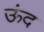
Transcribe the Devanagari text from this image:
ऊंद